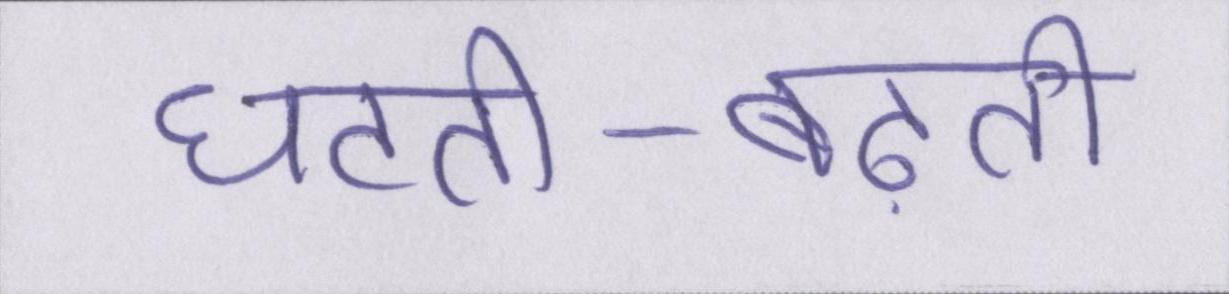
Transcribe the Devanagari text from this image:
घटती-बढ़ती